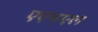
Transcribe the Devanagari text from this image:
एएचएल